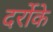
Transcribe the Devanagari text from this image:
दर्रोके